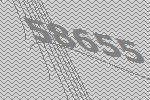
58655